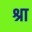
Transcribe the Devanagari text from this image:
श्रा